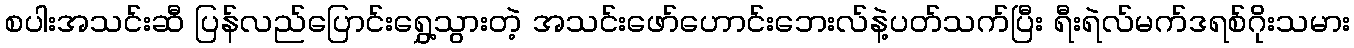
စပါးအသင်းဆီ ပြန်လည်ပြောင်းရွှေ့သွားတဲ့ အသင်းဖော်ဟောင်းဘေးလ်နဲ့ပတ်သက်ပြီး ရီးရဲလ်မက်ဒရစ်ဂိုးသမား